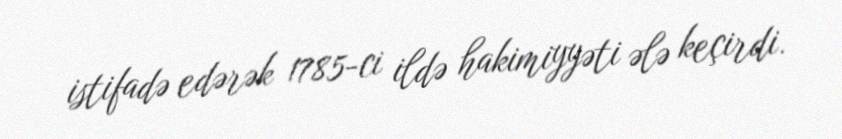
istifadə edərək 1785-ci ildə hakimiyyəti ələ keçirdi.